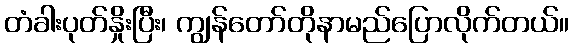
တံခါးပုတ်နှိုးပြီး၊ ကျွန်တော်တိုနာမည်ပြောလိုက်တယ်။